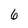
Character: 6